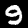
Digit: 9